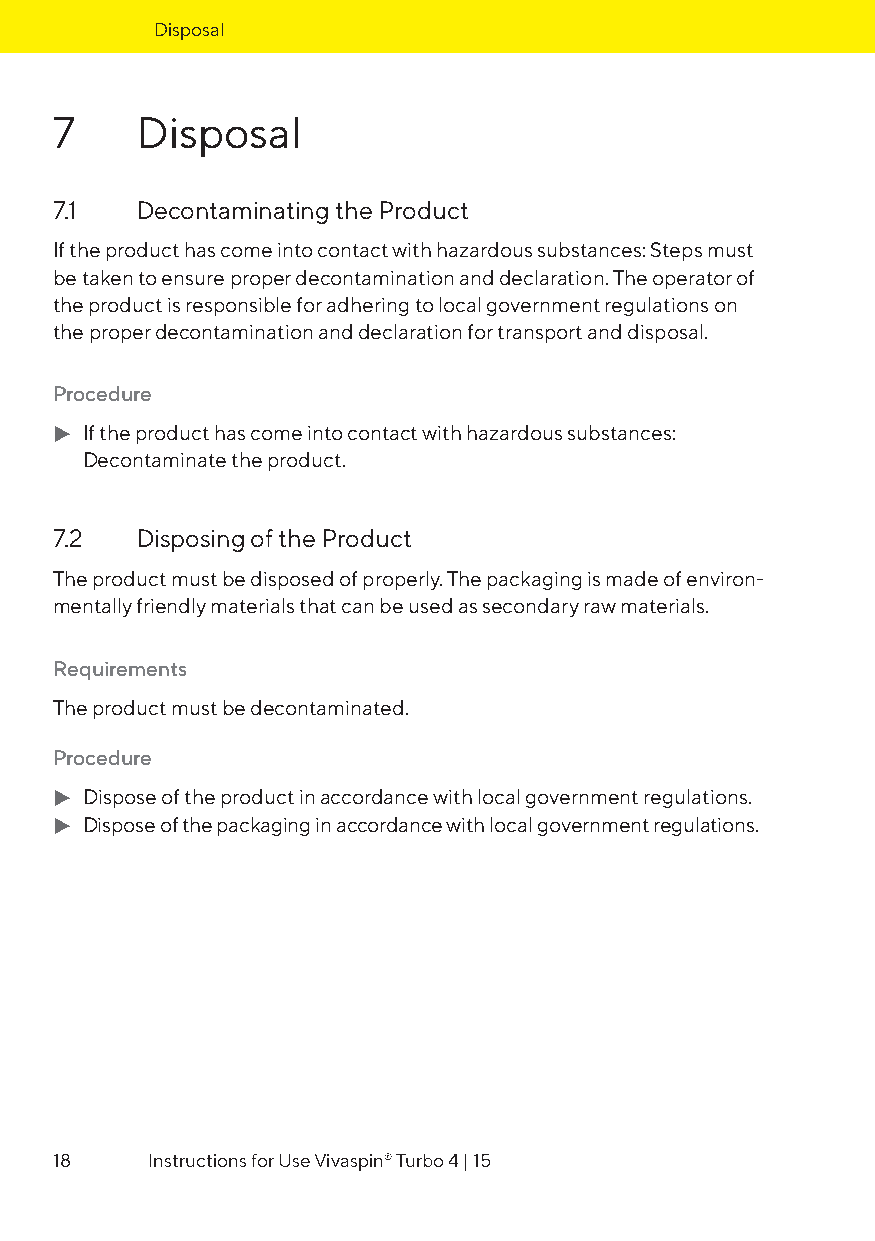
Disposal
 7    Disposal
 7.1  Decontaminating the Product
 If the product has come into contact with hazardous substances: Steps must
 be taken to ensure proper decontamination and declaration. The operator of
 the product is responsible for adhering to local government regulations on
 the proper decontamination and declaration for transport and disposal.
 Procedure
 t If the product has come into contact with hazardous substances:
 Decontaminate the product.
 7.2  Disposing of the Product
 The product must be disposed of properly. The packaging is made of environ-
 mentally friendly materials that can be used as secondary raw materials.
 Requirements
 The product must be decontaminated.
 Procedure
 t Dispose of the product in accordance with local government regulations.
 t Dispose of the packaging in accordance with local government regulations.
 18    Instructions for Use Vivaspin® Turbo 4 | 15